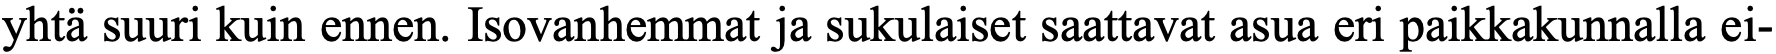
yhtä suuri kuin ennen. Isovanhemmat ja sukulaiset saattavat asua eri paikkakunnalla ei-